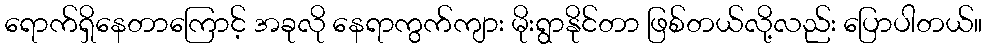
ရောက်ရှိနေတာကြောင့် အခုလို နေရာကွက်ကျား မိုးရွာနိုင်တာ ဖြစ်တယ်လို့လည်း ပြောပါတယ်။